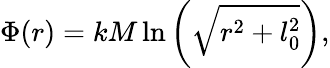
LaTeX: \Phi(r)=kM\ln\left(\sqrt{r^{2}+l_{0}^{2}}\right),